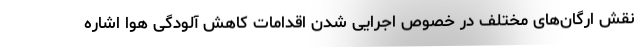
نقش ارگان‌های مختلف در خصوص اجرایی شدن اقدامات کاهش آلودگی هوا اشاره